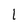
Character: 1